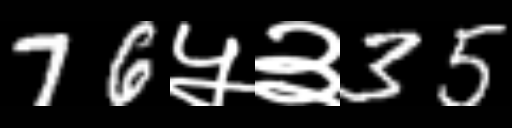
Text: 76५३35